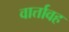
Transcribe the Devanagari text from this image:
वार्त्तावह